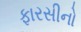
ફારસીનો